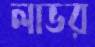
লাভর